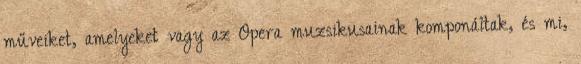
műveiket, amelyeket vagy az Opera muzsikusainak komponáltak, és mi,